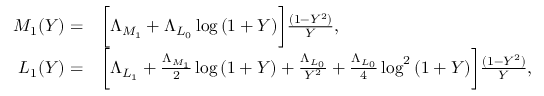
\begin{array} { r l } { M _ { 1 } ( Y ) = } & { \bigg [ \Lambda _ { M _ { 1 } } + \Lambda _ { L _ { 0 } } \log { ( 1 + Y ) } \bigg ] \frac { ( 1 - Y ^ { 2 } ) } { Y } , } \\ { L _ { 1 } ( Y ) = } & { \bigg [ \Lambda _ { L _ { 1 } } + \frac { \Lambda _ { M _ { 1 } } } { 2 } \log { ( 1 + Y ) } + \frac { \Lambda _ { L _ { 0 } } } { Y ^ { 2 } } + \frac { \Lambda _ { L _ { 0 } } } { 4 } \log ^ { 2 } { ( 1 + Y ) } \bigg ] \frac { ( 1 - Y ^ { 2 } ) } { Y } , } \end{array}